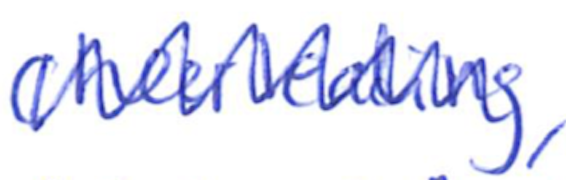
Text: Cheerleading,
Cross-out: zig-zag
Writing tool: ballpoint